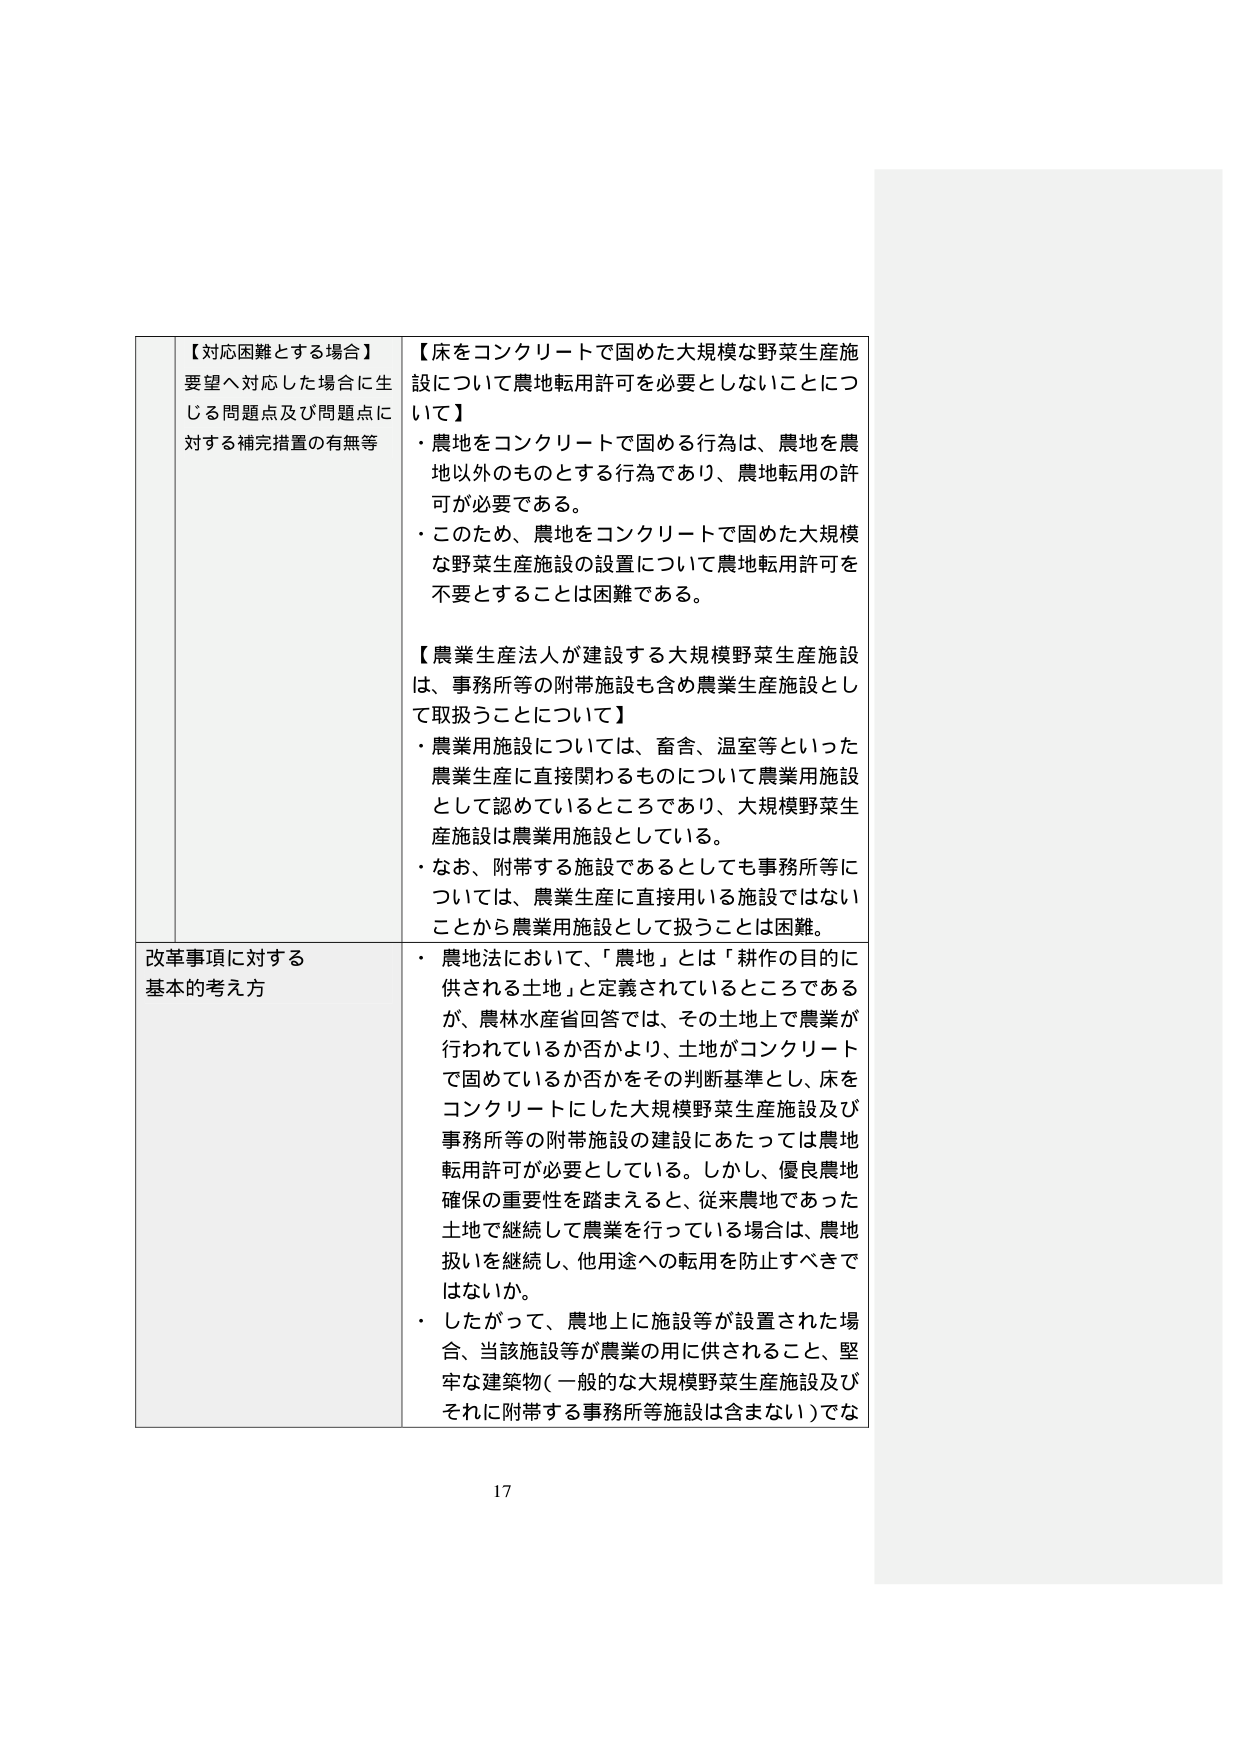
【対応困難とする場合】
要望へ対応した場合に生じる問題点及び問題点に対する補完措置の有無等

【床をコンクリートで固めた大規模な野菜生産施設について農地転用許可を必要としないことについて】
・農地をコンクリートで固める行為は、農地を農地以外のものとする行為であり、農地転用の許可が必要である。
・このため、農地をコンクリートで固めた大規模な野菜生産施設の設置について農地転用許可を不要とすることは困難である。

【農業生産法人が建設する大規模野菜生産施設は、事務所等の附帯施設も含め農業生産施設として取扱うことについて】
・農業用施設については、畜舎、温室等といった農業生産に直接関わるものについて農業用施設として認めているところであり、大規模野菜生産施設は農業用施設としている。
・なお、附帯する施設であるとしても事務所等については、農業生産に直接用いる施設ではないことから農業用施設として扱うことは困難。

改革事項に対する基本的考え方
・農地法において、「農地」とは「耕作の目的に供される土地」と定義されているところであるが、農林水産省回答では、その土地上で農業が行われているか否かより、土地がコンクリートで固めているか否かをその判断基準とし、床をコンクリートにした大規模野菜生産施設及び事務所等の附帯施設の建設にあたっては農地転用許可が必要としている。しかし、優良農地確保の重要性を踏まえると、従来農地であった土地で継続して農業を行っている場合は、農地扱いを継続し、他用途への転用を防止すべきではないか。
・したがって、農地上に施設等が設置された場合、当該施設等が農業の用に供されること、堅牢な建築物（一般的な大規模野菜生産施設及びそれに附帯する事務所等施設は含まない）でな

17